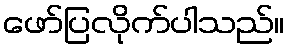
ဖော်ပြလိုက်ပါသည်။